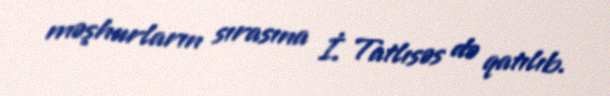
məşhurların sırasına İ. Tatlısəs də qatılıb.